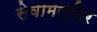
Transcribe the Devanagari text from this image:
सेवामन्दिर